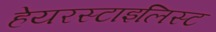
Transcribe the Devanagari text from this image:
हेयरस्टाइलिस्ट